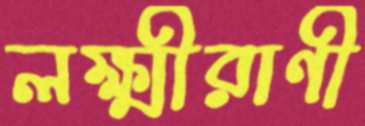
লক্ষ্মীরাণী